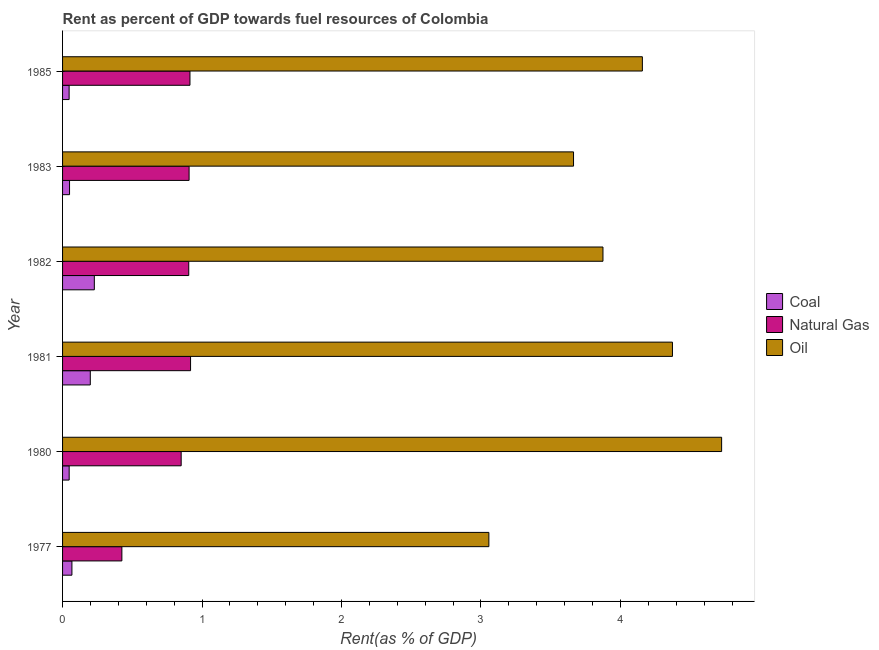
| Year | Coal | Natural Gas | Oil |
 | --- | --- | --- | --- |
 | 1977 | 0.0671 | 0.425 | 3.06 |
 | 1980 | 0.0473 | 0.85 | 4.73 |
 | 1981 | 0.199 | 0.918 | 4.37 |
 | 1982 | 0.228 | 0.905 | 3.87 |
 | 1983 | 0.05 | 0.907 | 3.66 |
 | 1985 | 0.047 | 0.914 | 4.16 |